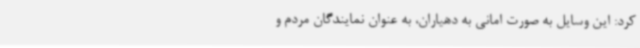
کرد: این وسایل به صورت امانی به دهیاران، به عنوان نمایندگان مردم و